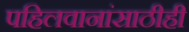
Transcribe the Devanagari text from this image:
पहिलवानांसाठीही